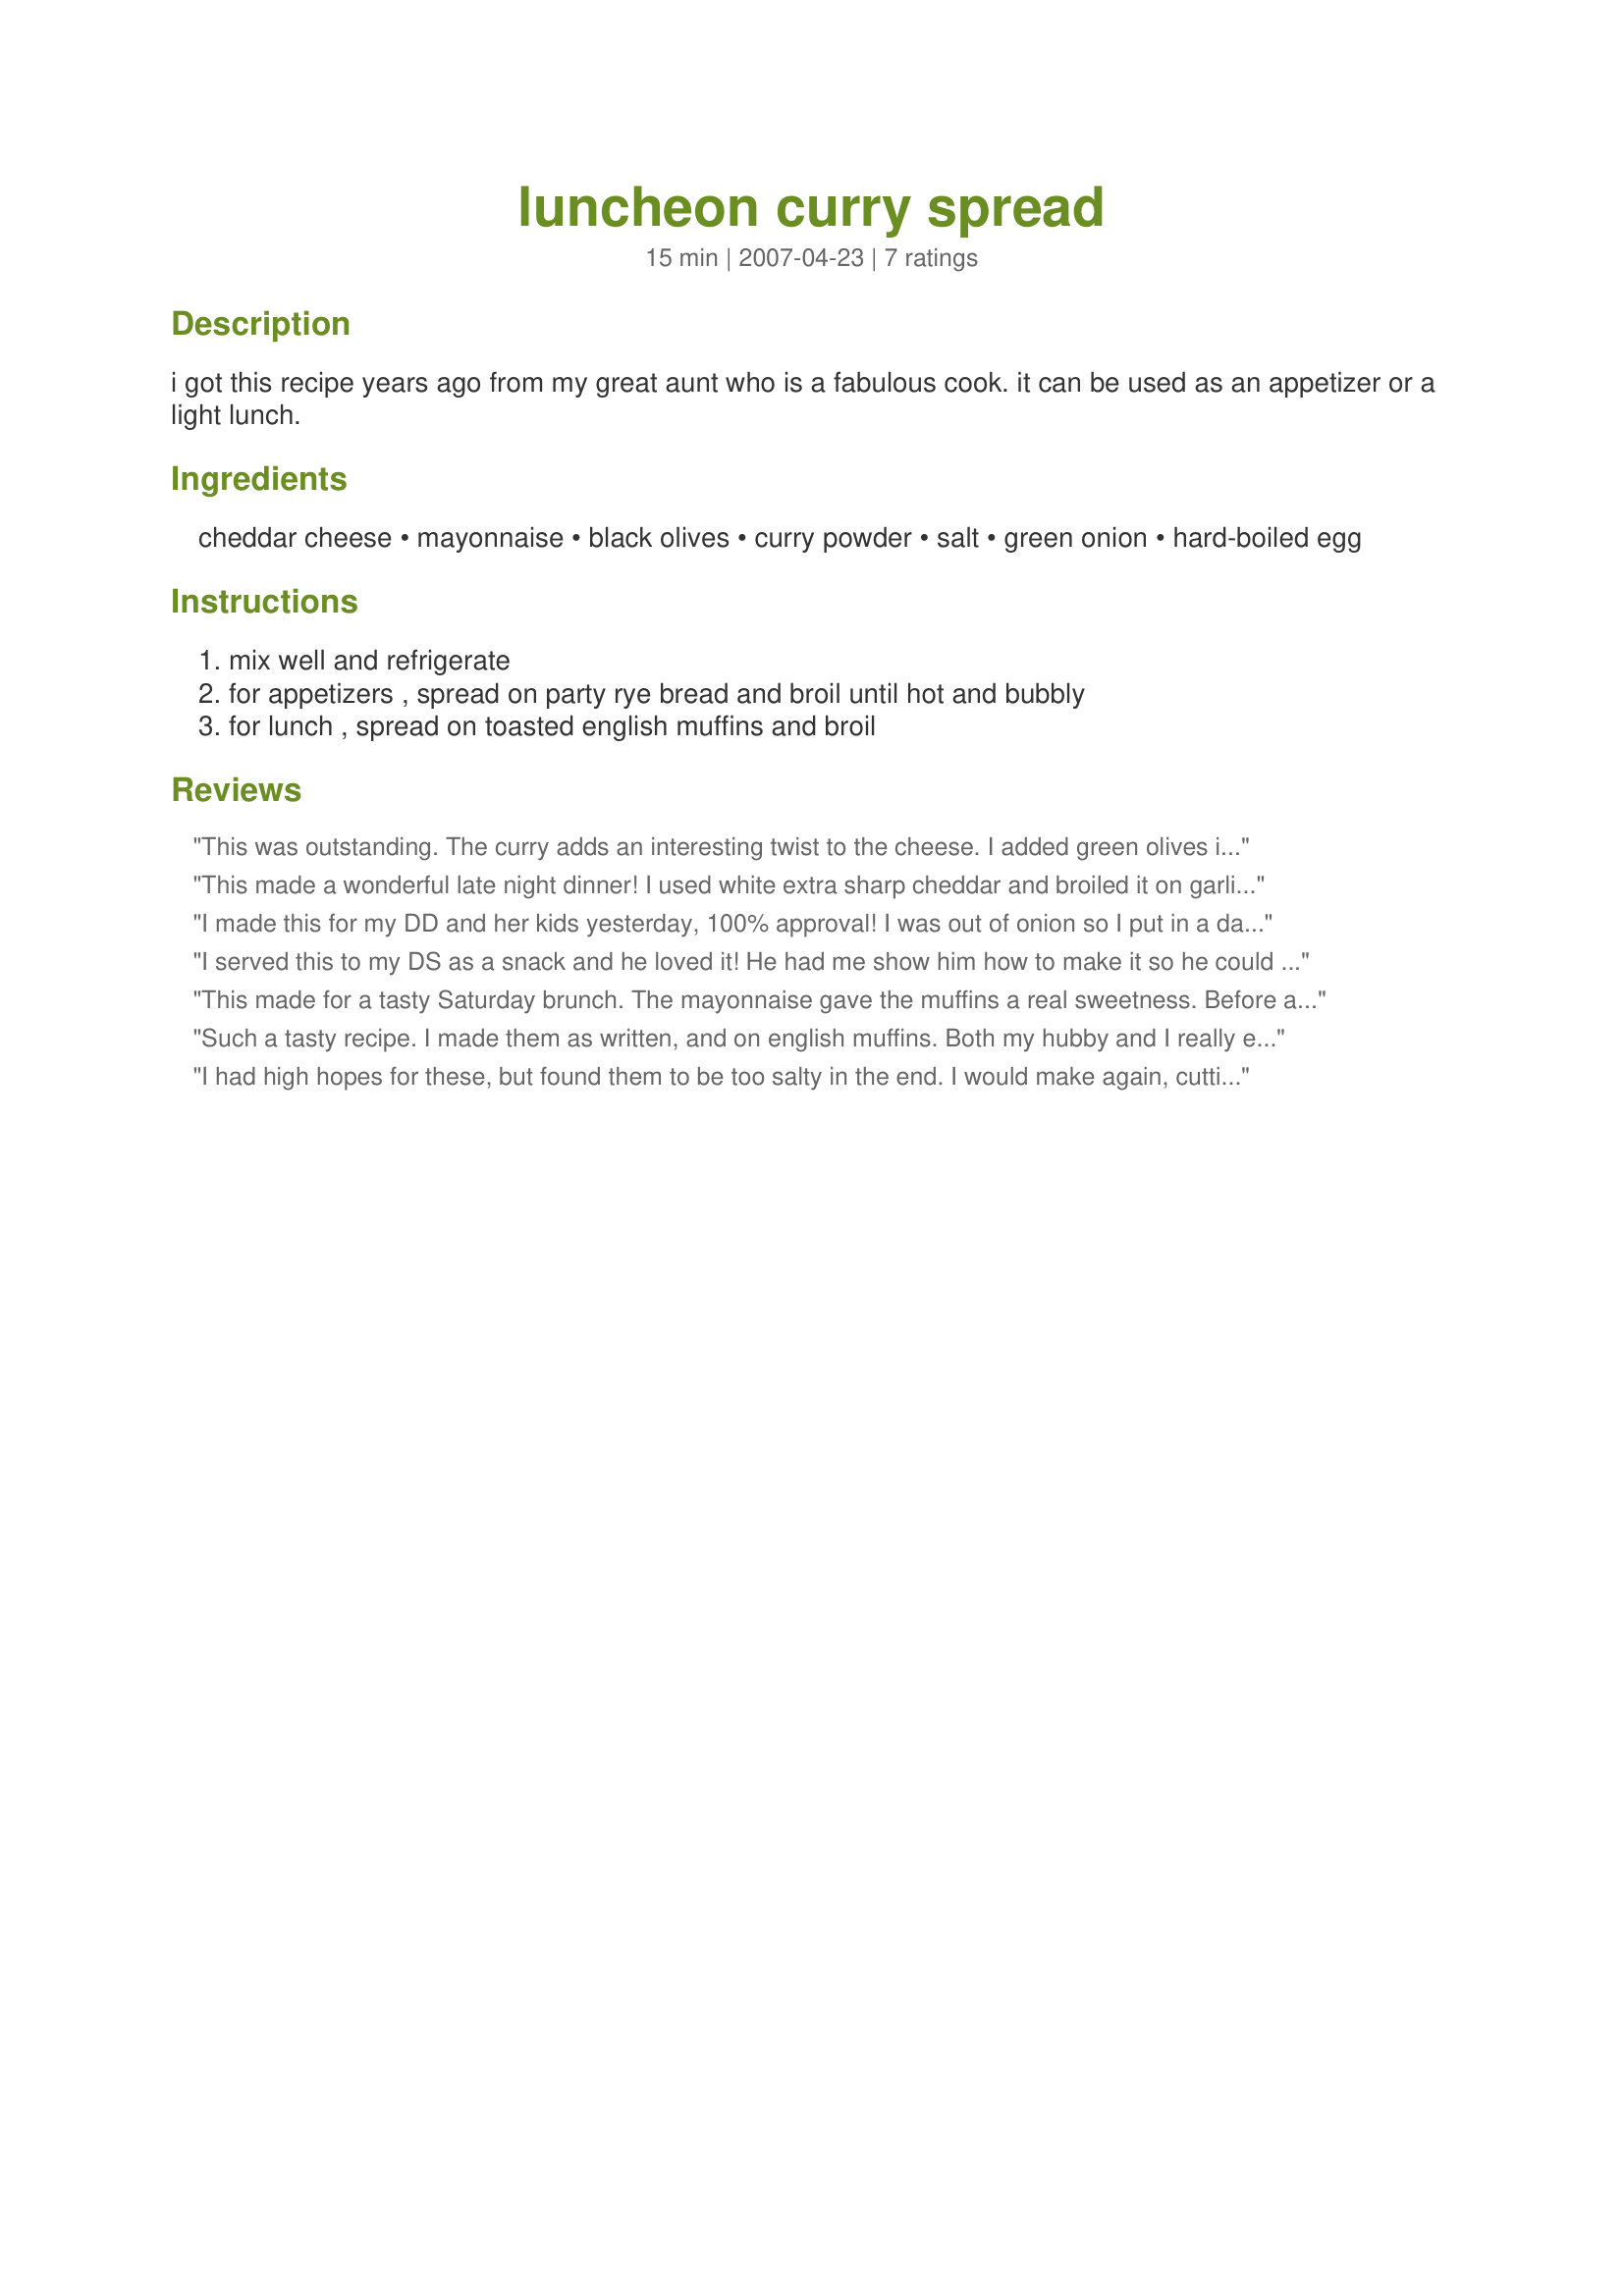
luncheon curry spread
Preparation time: 15 minutes

i got this recipe years ago from my great aunt who is a fabulous cook. it can be used as an appetizer or a light lunch.

Ingredients:
cheddar cheese, mayonnaise, black olives, curry powder, salt, green onion, hard-boiled egg

Steps:
mix well and refrigerate, for appetizers , spread on party rye bread and broil until hot and bubbly, for lunch , spread on toasted english muffins and broil

Reviews:
This was outstanding. The curry adds an interesting twist to the cheese. I added green olives instead of black. Very easy to make and would make excellent tea sandwiches.
This made a wonderful late night dinner! I used white extra sharp cheddar and broiled it on garlic and cheese sourdough bread. Next time I won't add the salt as it really didn't need it. I can't wait to serve these as an appetizer. Thanks MamaJ! made for PAC 07.
I made this for my DD and her kids yesterday, 100% approval! I was out of onion so I put in a dash of onion powder instead. It still tasted wonderful but the green onion would have added color and texture. What little was left over I ate for my supper. I will definately made this again and so will DD, she copied the recipe!
I served this to my DS as a snack and he loved it! He had me show him how to make it so he could make it in the future. I halved the recipe. I used extra sharp cheddar cheese. Thanks!
This made for a tasty Saturday brunch. The mayonnaise gave the muffins a real sweetness. Before adding the onions and olives I actually cooked up a couple for my young daughters, then added the extras for Dave and myself.
Such a tasty recipe. I made them as written, and on english muffins. Both my hubby and I really enjoyed them. He kept saying Mmmmm between each bite! :)
I had high hopes for these, but found them to be too salty in the end. I would make again, cutting the salt in half. I made sandwiches with the spread, toasting the bread first, then broiling them open faced, then adding the top piece of bread. Thanks MamaJ
